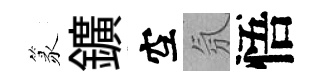
篆鑛空氛悟